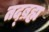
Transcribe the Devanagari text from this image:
तद्ब्रह्म